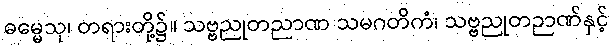
ဓမ္မေသု၊ တရားတို့၌။ သဗ္ဗညုတညာဏ သမဂတိကံ၊ သဗ္ဗညုတဉာဏ်နှင့်